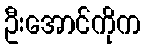
ဦးအောင်ကိုက